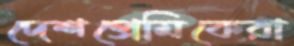
দেশপ্রেমিকেরা